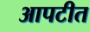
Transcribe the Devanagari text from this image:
आपटीत